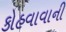
કોહવાવાની